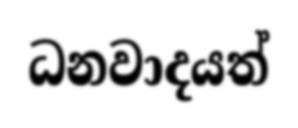
ධනවාදයත්